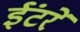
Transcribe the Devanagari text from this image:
ईंटरें